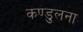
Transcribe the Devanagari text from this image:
कण्डुलना